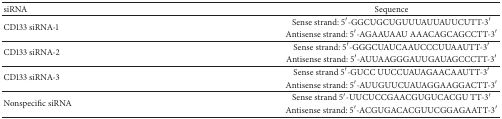
<table><thead><tr><td><b>siRNA</b></td><td><b>Sequence</b></td></tr></thead><tbody><tr><td rowspan="2">CD133 siRNA-1</td><td>Sense strand: 5′-GGCUGCUGUUUAUUAUUCUTT-3′</td></tr><tr><td>Antisense strand: 5′-AGAAUAAU AAACAGCAGCCTT-3′</td></tr><tr><td rowspan="2">CD133 siRNA-2</td><td>Sense strand: 5′-GGGCUAUCAAUCCCUUAAUTT-3′</td></tr><tr><td>Antisense strand: 5′-AUUAAGGGAUUGAUAGCCCTT-3′</td></tr><tr><td rowspan="2">CD133 siRNA-3</td><td>Sense strand 5′-GUCC UUCCUAUAGAACAAUTT-3′</td></tr><tr><td>Antisense strand: 5′-AUUGUUCUAUAGGAAGGACTT-3′</td></tr><tr><td rowspan="2">Nonspecific siRNA</td><td>Sense strand 5′-UUCUCCGAACGUGUCACGU TT-3′</td></tr><tr><td>Antisense strand: 5′-ACGUGACACGUUCGGAGAATT-3′</td></tr></tbody></table>